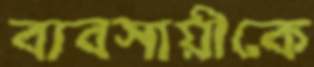
ব্যবসায়ীকে